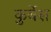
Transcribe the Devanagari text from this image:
कुर्बेस